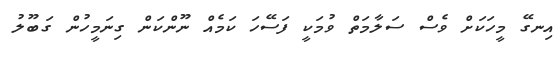
އިނގޭ މީހަކަށް ވެސް ސަލާމަތް ވުމަކީ ފަސޭހަ ކަމެއް ނޫންކަން ގިނަމީހުން ގަބޫލު